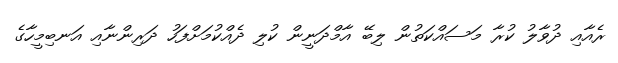
ރެއާއި ދުވާލު ކުރާ މަސައްކަތުން ލިބޭ އާމްދަނީން ކުލި ދެއްކުމަށްފަހު ދަރިންނާއި އަނބިމީހާގެ